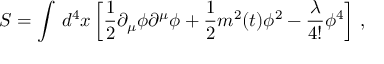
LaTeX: S = \int \, d ^ { 4 } x \left[ \frac { 1 } { 2 } \partial _ { \mu } \phi \partial ^ { \mu } \phi + \frac { 1 } { 2 } m ^ { 2 } ( t ) \phi ^ { 2 } - \frac { \lambda } { 4 ! } \phi ^ { 4 } \right] \, ,